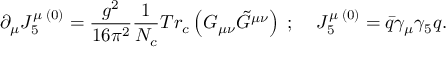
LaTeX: \partial _ { \mu } J _ { 5 } ^ { \mu \; ( 0 ) } = \frac { g ^ { 2 } } { 1 6 \pi ^ { 2 } } \frac { 1 } { N _ { c } } T r _ { c } \left( { G _ { \mu \nu } { \tilde { G } } ^ { \mu \nu } } \right) \; ; \; \; \; \; J _ { 5 } ^ { \mu \; ( 0 ) } = \bar { q } \gamma _ { \mu } \gamma _ { 5 } q .